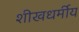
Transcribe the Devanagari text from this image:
शीखधर्मीय